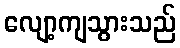
လျော့ကျသွားသည်